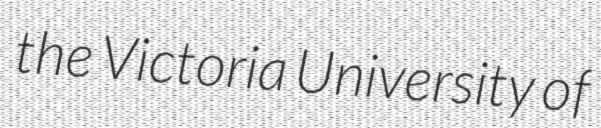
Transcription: the Victoria University of